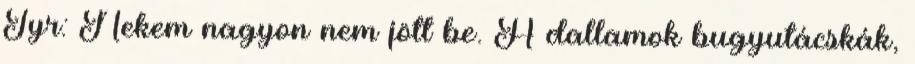
Tyr: Nekem nagyon nem jött be. A dallamok bugyutácskák,